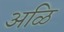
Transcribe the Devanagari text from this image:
अळि